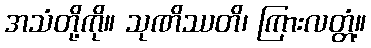
အသံတို့ကို။ သုဏိဿတိ၊ ကြားလတ္တံ့။